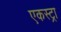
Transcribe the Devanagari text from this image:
एकस्ट्रा